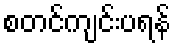
စတင်ကျင်းပရန်